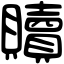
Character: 贖